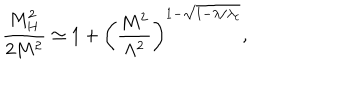
\frac { M _ { H } ^ { 2 } } { 2 M ^ { 2 } } \simeq 1 + \left( \frac { M ^ { 2 } } { \Lambda ^ { 2 } } \right) ^ { 1 - \sqrt { 1 - \lambda / \lambda _ { c } } } ,